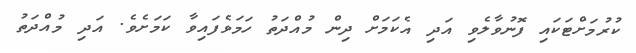
ކުރުމަށްޓަކައި ފޮނުވާލެވި އަދި އެކަމަށް ދިން މުއްދަތު ހަމަވެފައިވާ ކަމަށެވެ. އަދި މުއްދަތު